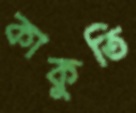
কাকুতি